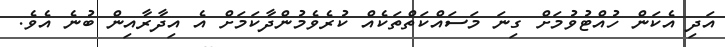
އަދި އެކަން ހުއްޓުވުމަށް ގިނަ މަސައްކަތްތަކެއް ކުރެވެމުންދާކަމަށް އެ އިދާރާއިން ބުނެ އެވެ.